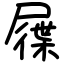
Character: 屧